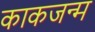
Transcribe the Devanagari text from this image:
काकजन्म